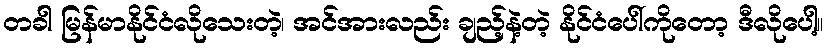
တခါ မြန်မာနိုင်ငံလိုသေးတဲ့၊ အင်အားလည်း ချည့်နဲ့တဲ့ နိုင်ငံပေါ်ကိုတော့ ဒီလိုပေါ့။